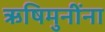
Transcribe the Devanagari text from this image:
ऋषिमुनींना